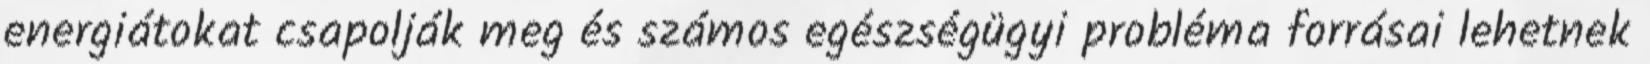
energiátokat csapolják meg és számos egészségügyi probléma forrásai lehetnek